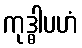
ကုဒ္ဓါပဟံ